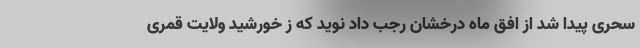
سحرى پیدا شد از افق ماه درخشان رجب داد نوید که ز خورشید ولایت قمرى